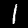
Digit: 1